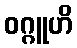
ဝဂ္ဂူဟိ